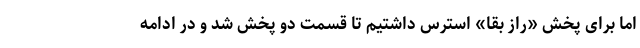
اما برای پخش «راز بقا» استرس داشتیم تا قسمت دو پخش شد و در ادامه